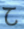
ح